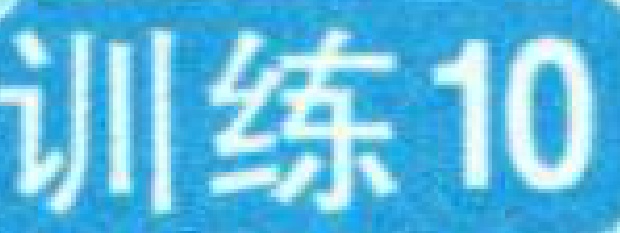
训练10